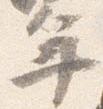
年